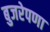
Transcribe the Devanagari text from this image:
बुजरेपणा